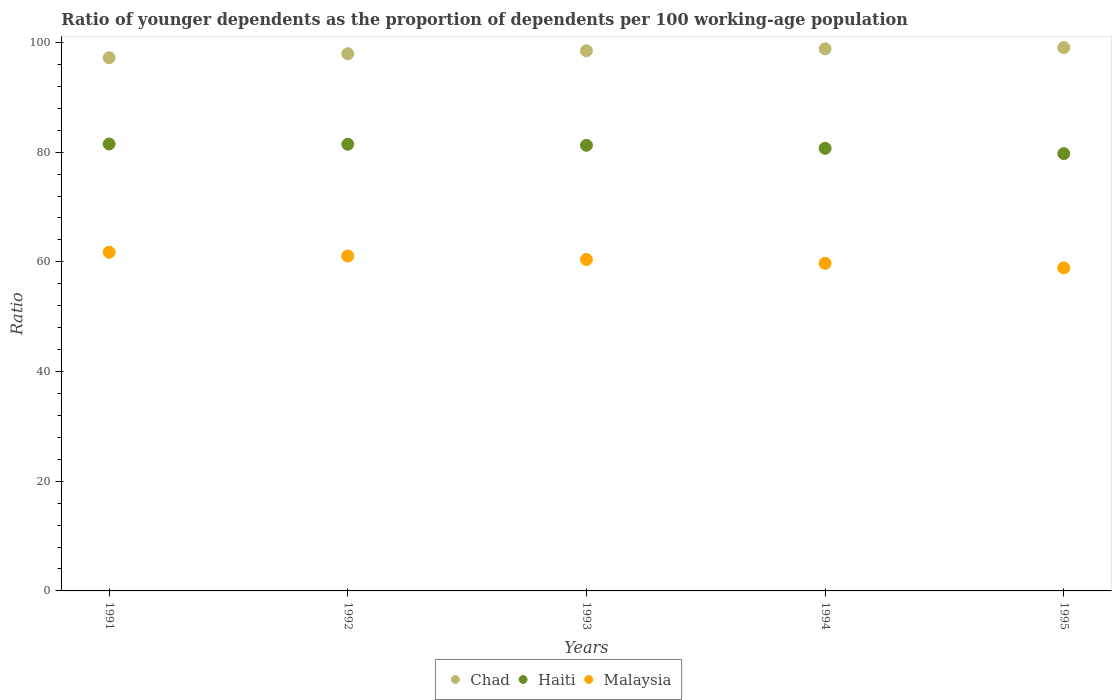
| Years | Chad | Haiti | Malaysia |
 | --- | --- | --- | --- |
 | 1991 | 97.2 | 81.5 | 61.8 |
 | 1992 | 97.9 | 81.4 | 61.1 |
 | 1993 | 98.5 | 81.2 | 60.4 |
 | 1994 | 98.8 | 80.7 | 59.7 |
 | 1995 | 99.1 | 79.7 | 58.9 |